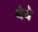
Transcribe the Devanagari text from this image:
थेबे